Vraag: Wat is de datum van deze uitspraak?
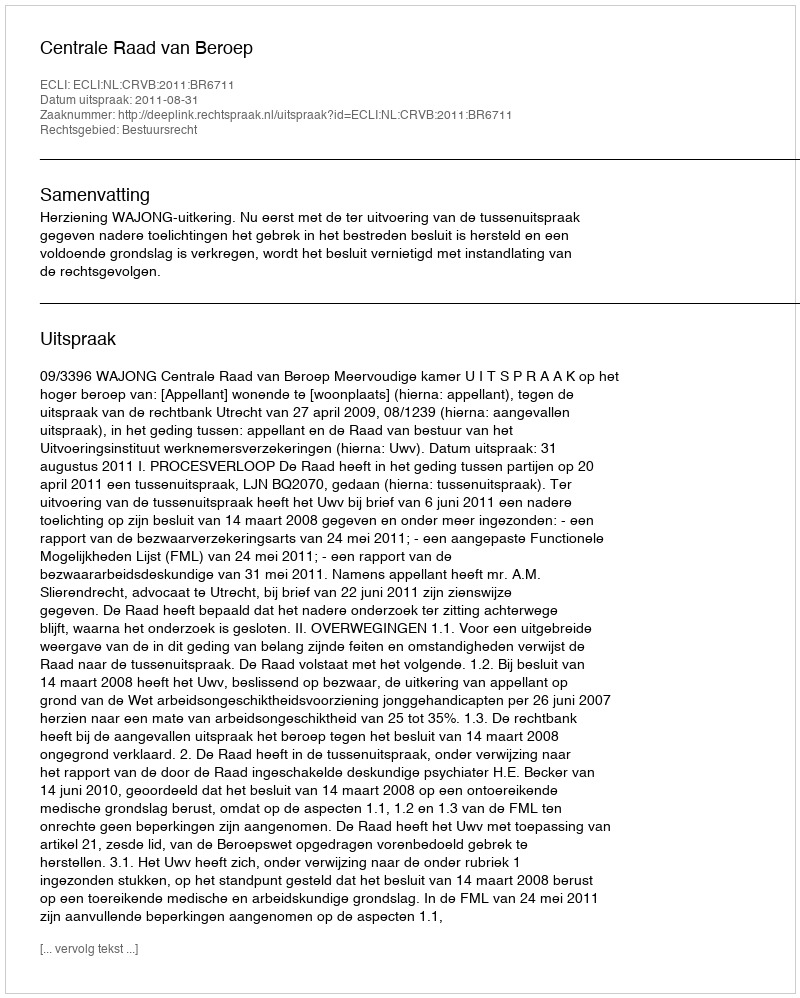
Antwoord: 2011-08-31